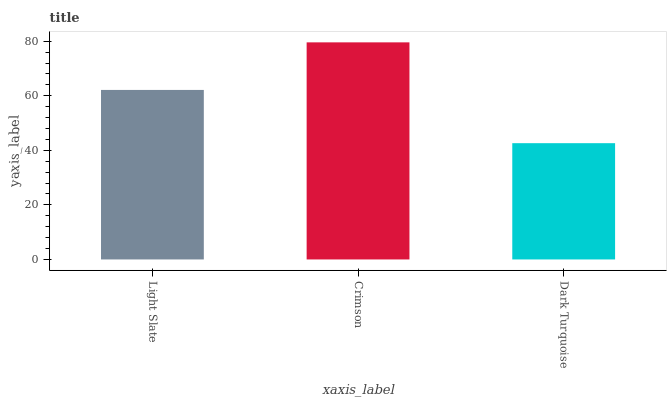
| xaxis_label | bars |
 | --- | --- |
 | Light Slate | 62.1 |
 | Crimson | 79.6 |
 | Dark Turquoise | 42.6 |